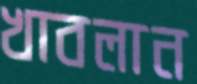
খাবলান